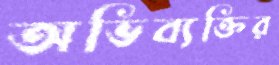
অভিব্যক্তির